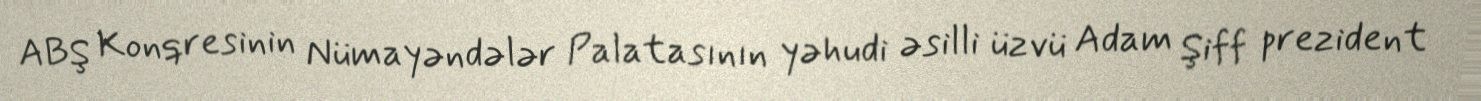
ABŞ Konqresinin Nümayəndələr Palatasının yəhudi əsilli üzvü Adam Şiff prezident